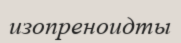
изопреноидты